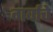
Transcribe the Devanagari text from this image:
गर्वाचे